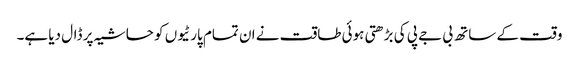
وقت کے ساتھ بی جے پی کی بڑھتی ہوئی طاقت نے ان تمام پارٹیوں کو حاشیہ پر ڈال دیا ہے۔